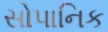
સોપાનિક